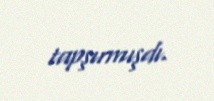
tapşırmışdı.